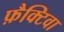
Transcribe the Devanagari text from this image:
फ़ैक्टिवा